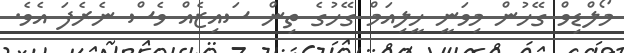
މޯލްޑިވް ގޭހުން މިވަނީ ހީލިއަމް ގޭހުގެ ތިން ސައިޒެއް ވެސް ނެރެފަ އެވެ.